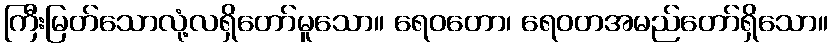
ကြီးမြတ်သောလုံ့လရှိတော်မူသော။ ရေဝတော၊ ရေဝတအမည်တော်ရှိသော။